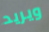
ويريد